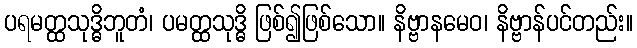
ပရမတ္ထသုဒ္ဓိဘူတံ၊ ပမတ္ထသုဒ္ဓိ ဖြစ်၍ဖြစ်သော။ နိဗ္ဗာနမေဝ၊ နိဗ္ဗာန်ပင်တည်း။